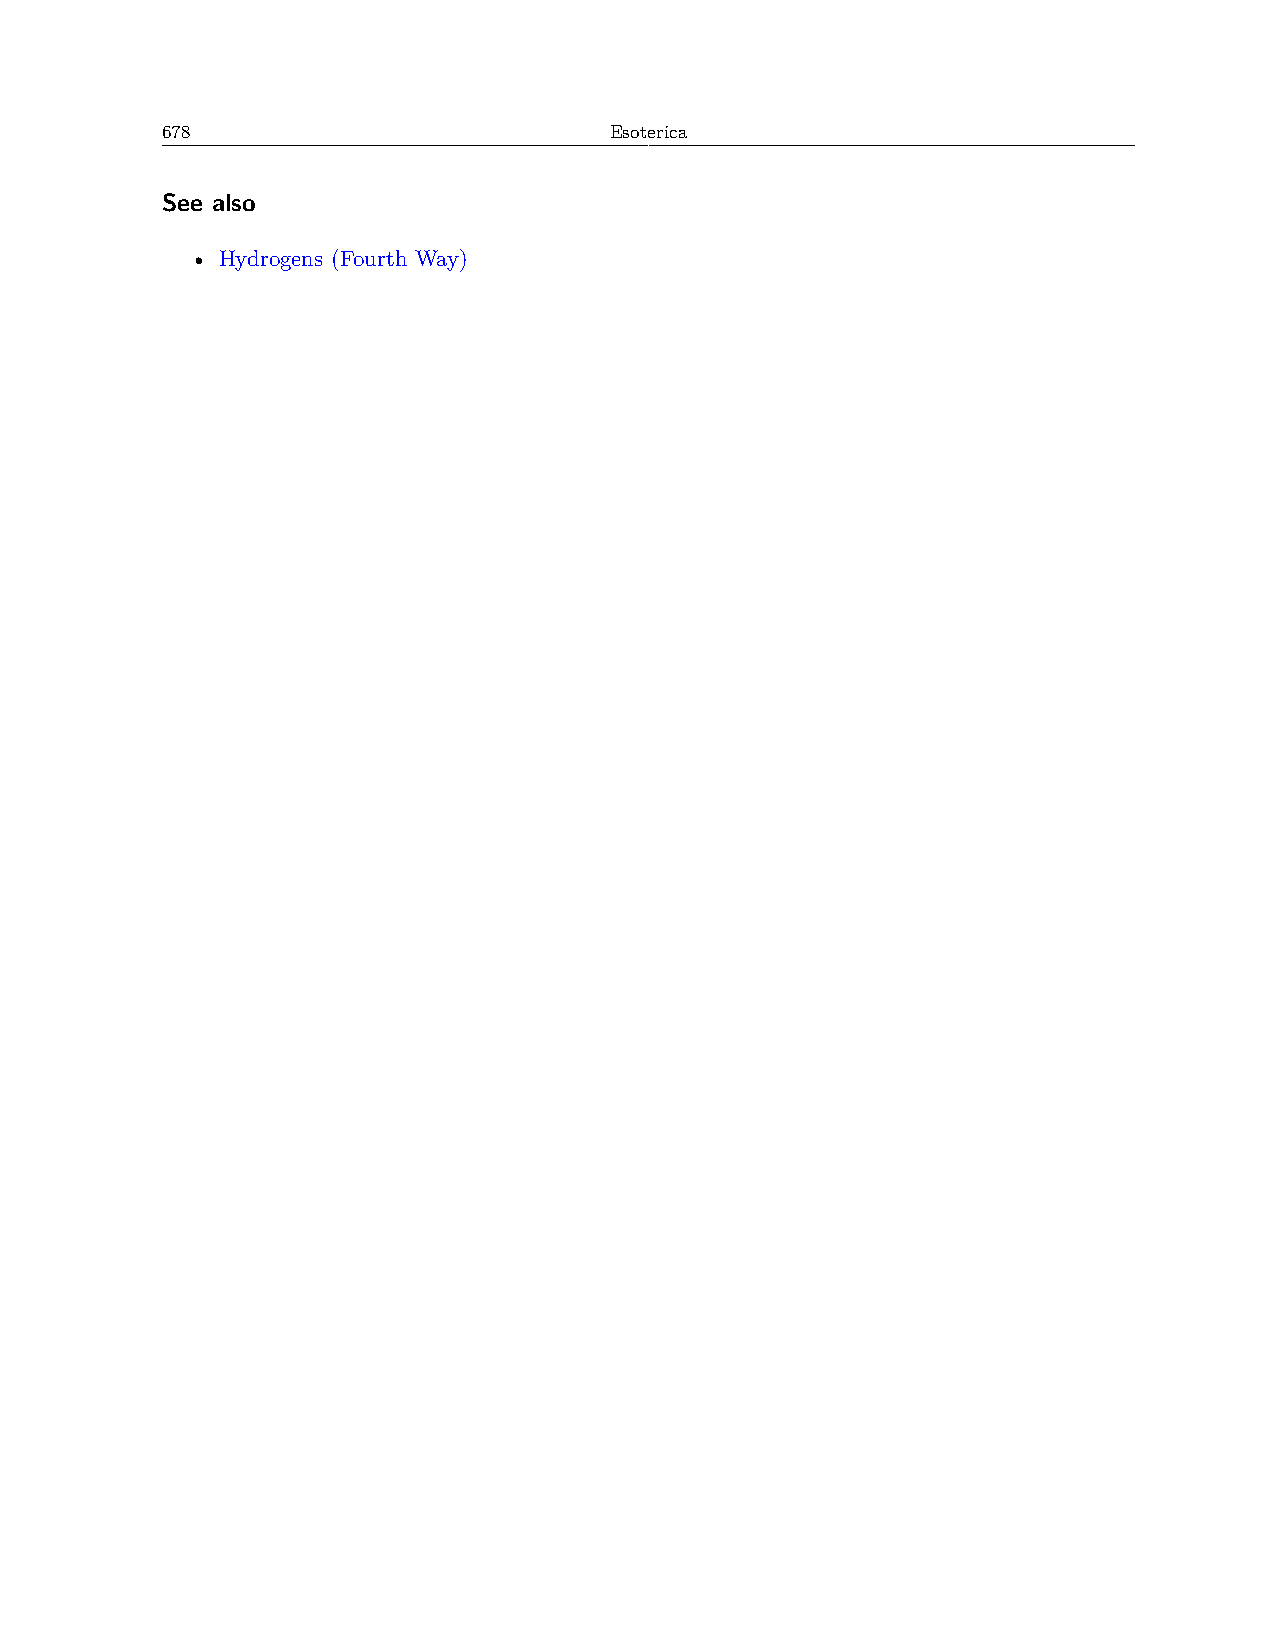
678                          Esoterica
 See also
 • Hydrogens (Fourth Way)